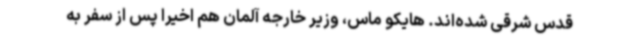
قدس شرقی شده‌اند. هایکو ماس، وزیر خارجه آلمان هم اخیرا پس از سفر به